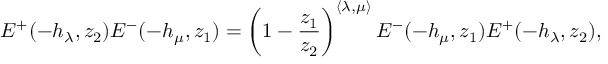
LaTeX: E ^ { + } ( - h _ { \lambda } , z _ { 2 } ) E ^ { - } ( - h _ { \mu } , z _ { 1 } ) = \left( 1 - \frac { z _ { 1 } } { z _ { 2 } } \right) ^ { \langle \lambda , \mu \rangle } E ^ { - } ( - h _ { \mu } , z _ { 1 } ) E ^ { + } ( - h _ { \lambda } , z _ { 2 } ) ,